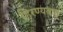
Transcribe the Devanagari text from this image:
हिरण्यबाहु